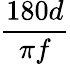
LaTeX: \frac{180d}{\pi f}